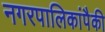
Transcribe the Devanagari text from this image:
नगरपालिकांपैकी